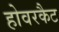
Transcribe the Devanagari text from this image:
होवरकैट